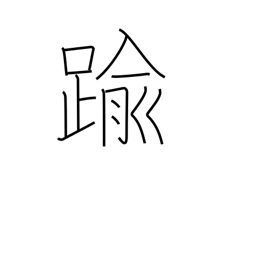
Meaning: go beyond